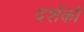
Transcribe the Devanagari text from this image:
दर्शकौं